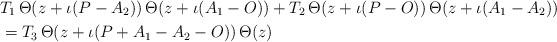
LaTeX: \begin{align*} &T_1 \, \Theta(z+\iota(P-A_2)) \, \Theta(z+\iota(A_1-O)) + T_2 \, \Theta(z+\iota(P-O)) \, \Theta(z+\iota(A_1-A_2))\, \\ &= T_3 \, \Theta(z+\iota(P+A_1-A_2-O)) \, \Theta(z) \, \end{align*}